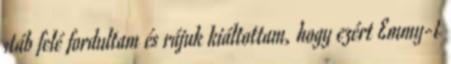
stáb felé fordultam és rájuk kiáltottam, hogy ezért Emmy-t